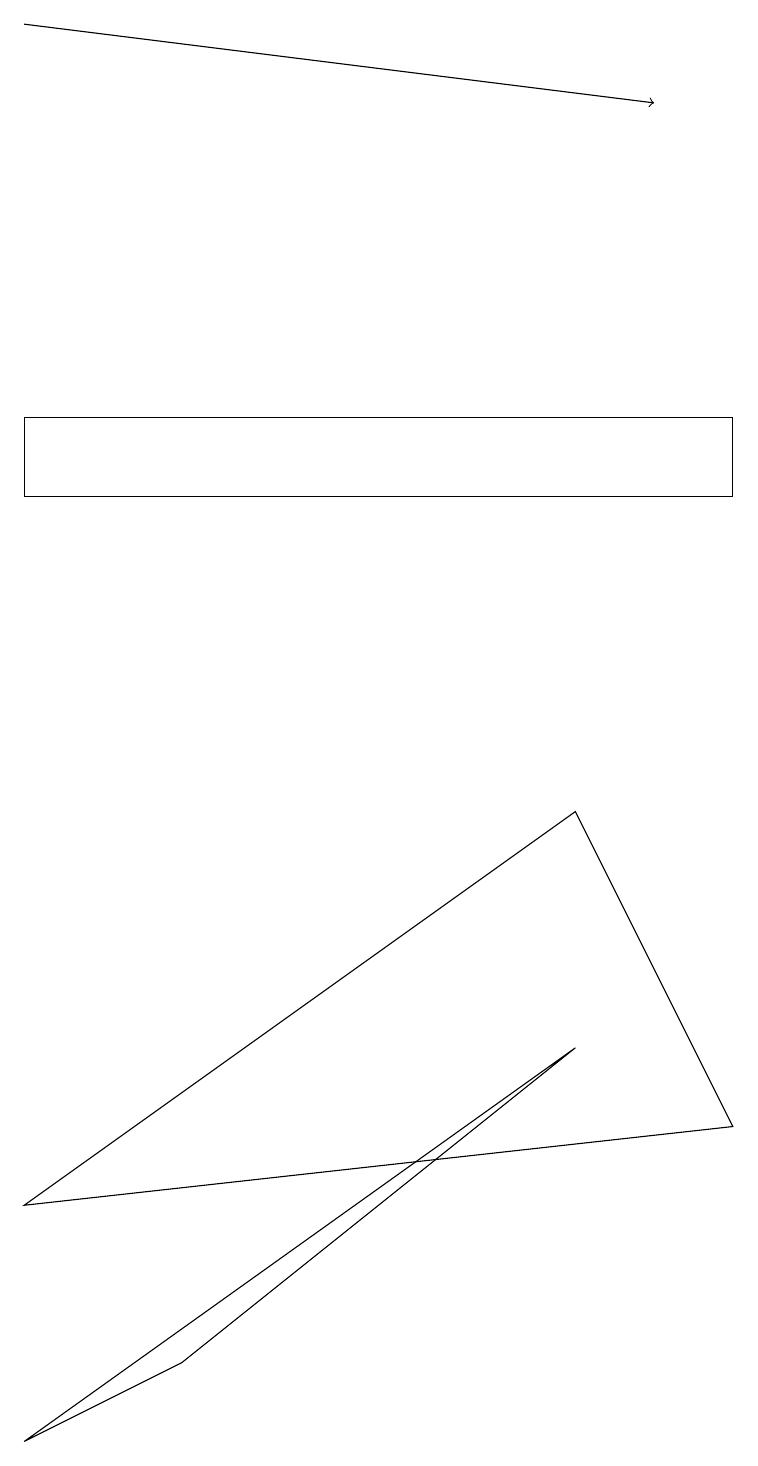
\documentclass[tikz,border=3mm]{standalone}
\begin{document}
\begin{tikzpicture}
\draw[->] (0,19) -- (8,18);
\draw (2,2) -- (7,6) -- (0,1) -- cycle;
\draw (9,14) rectangle (0,13);
\draw (0,4) -- (9,5) -- (7,9) -- cycle;
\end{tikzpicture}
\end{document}